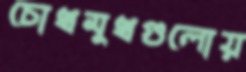
চোখমুখগুলোয়